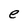
Character: e